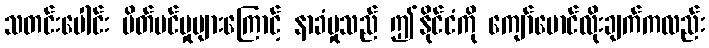
သတင်းပေါင်း ပိတ်ပင်မှုများကြောင့် နာခံမှုသည် ဤနိုင်ငံကို ကျော်မောင်လိုးချက်ကလည်း